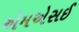
એમએસઈ